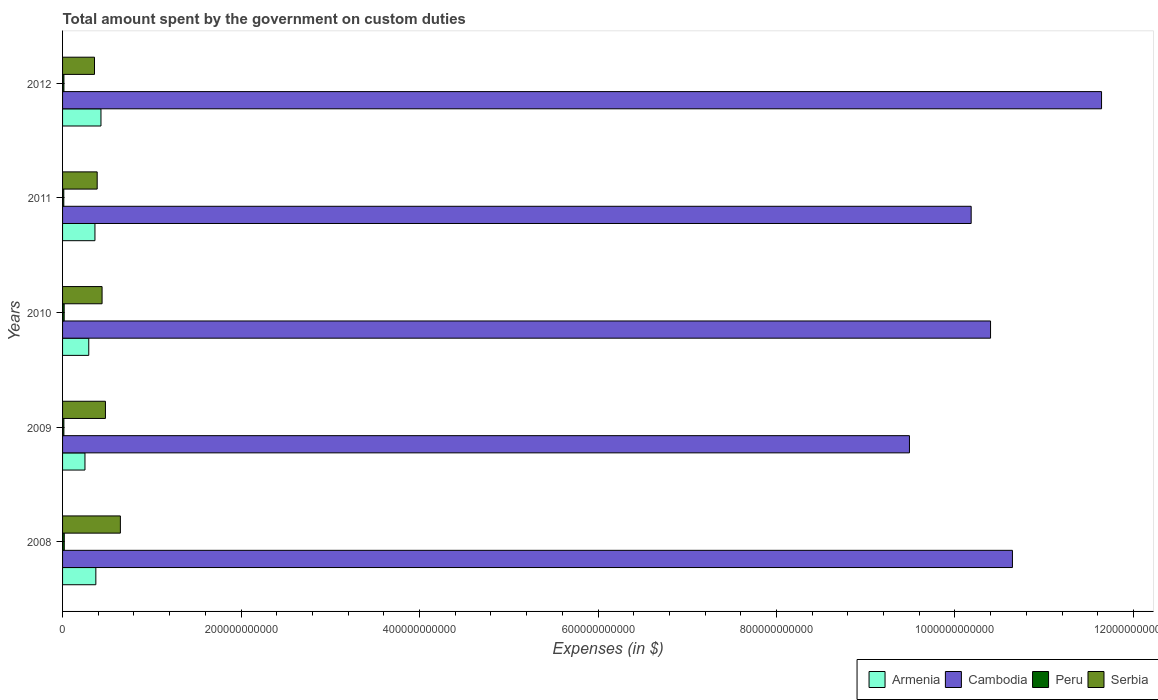
| Years | Armenia | Cambodia | Peru | Serbia |
 | --- | --- | --- | --- | --- |
 | 2008 | 3.73e+10 | 1.06e+12 | 1.91e+09 | 6.48e+10 |
 | 2009 | 2.51e+10 | 9.49e+11 | 1.49e+09 | 4.8e+10 |
 | 2010 | 2.94e+10 | 1.04e+12 | 1.8e+09 | 4.43e+10 |
 | 2011 | 3.63e+10 | 1.02e+12 | 1.38e+09 | 3.88e+10 |
 | 2012 | 4.3e+10 | 1.16e+12 | 1.53e+09 | 3.58e+10 |